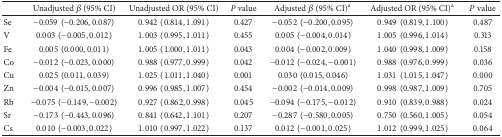
|  | Unadjusted β (95% CI) | Unadjusted OR (95% CI) | P value | Adjusted β (95% CI)a | Adjusted OR (95% CI)a | P value |
 | --- | --- | --- | --- | --- | --- | --- |
 | Se | −0.059(−0.206,0.087) | 0.942(0.814,1.091) | 0.427 | −0.052(−0.200,0.095) | 0.949(0.819,1.100) | 0.487 |
 | V | 0.003(−0.005,0.012) | 1.003(0.995,1.011) | 0.455 | 0.005(−0.004,0.014) | 1.005(0.996,1.014) | 0.313 |
 | Fe | 0.005(0.000,0.011) | 1.005(1.000,1.011) | 0.043 | 0.004(−0.002,0.009) | 1.040(0.998,1.009) | 0.158 |
 | Co | −0.012(−0.023,0.000) | 0.988(0.977,0.999) | 0.042 | −0.012(−0.024, −0.001) | 0.988(0.976,0.999) | 0.036 |
 | Cu | 0.025(0.011,0.039) | 1.025(1.011,1.040) | 0.001 | 0.030(0.015,0.046) | 1.031(1.015,1.047) | 0.000 |
 | Zn | −0.004(−0.015,0.007) | 0.996(0.985,1.007) | 0.454 | −0.002(−0.014,0.009) | 0.998(0.987,1.009) | 0.705 |
 | Rb | −0.075(−0.149, −0.002) | 0.927(0.862,0.998) | 0.045 | −0.094(−0.175, −0.012) | 0.910(0.839,0.988) | 0.024 |
 | Sr | −0.173(−0.443,0.096) | 0.841(0.642,1.101) | 0.207 | −0.287(−0.580,0.005) | 0.750(0.560,1.005) | 0.054 |
 | Cs | 0.010(−0.003,0.022) | 1.010(0.997,1.022) | 0.137 | 0.012(−0.001,0.025) | 1.012(0.999,1.025) | 0.064 |